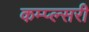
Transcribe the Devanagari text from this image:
कम्प्ल्सरी